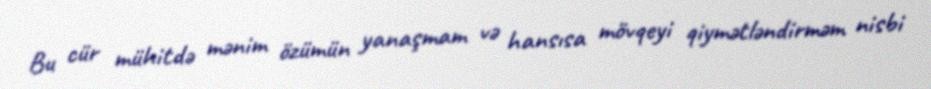
Bu cür mühitdə mənim özümün yanaşmam və hansısa mövqeyi qiymətləndirməm nisbi